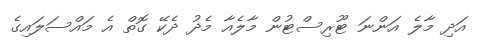
އަދި މާލެ އަންނަ ޓޫރިސްޓުން މާލެއާ މެދު ދެކޭ ގޮތް އެ މައްސަލައިގެ